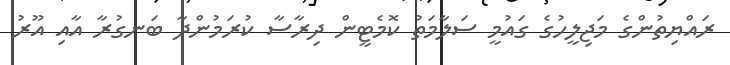
ރައްޔިތުންގެ މަޖިލީހުގެ ގައުމީ ސަލާމަތު ކޮމެޓީން ދިރާސާ ކުރަމުންދާ ބަނގުރާ އާއި އޫރު